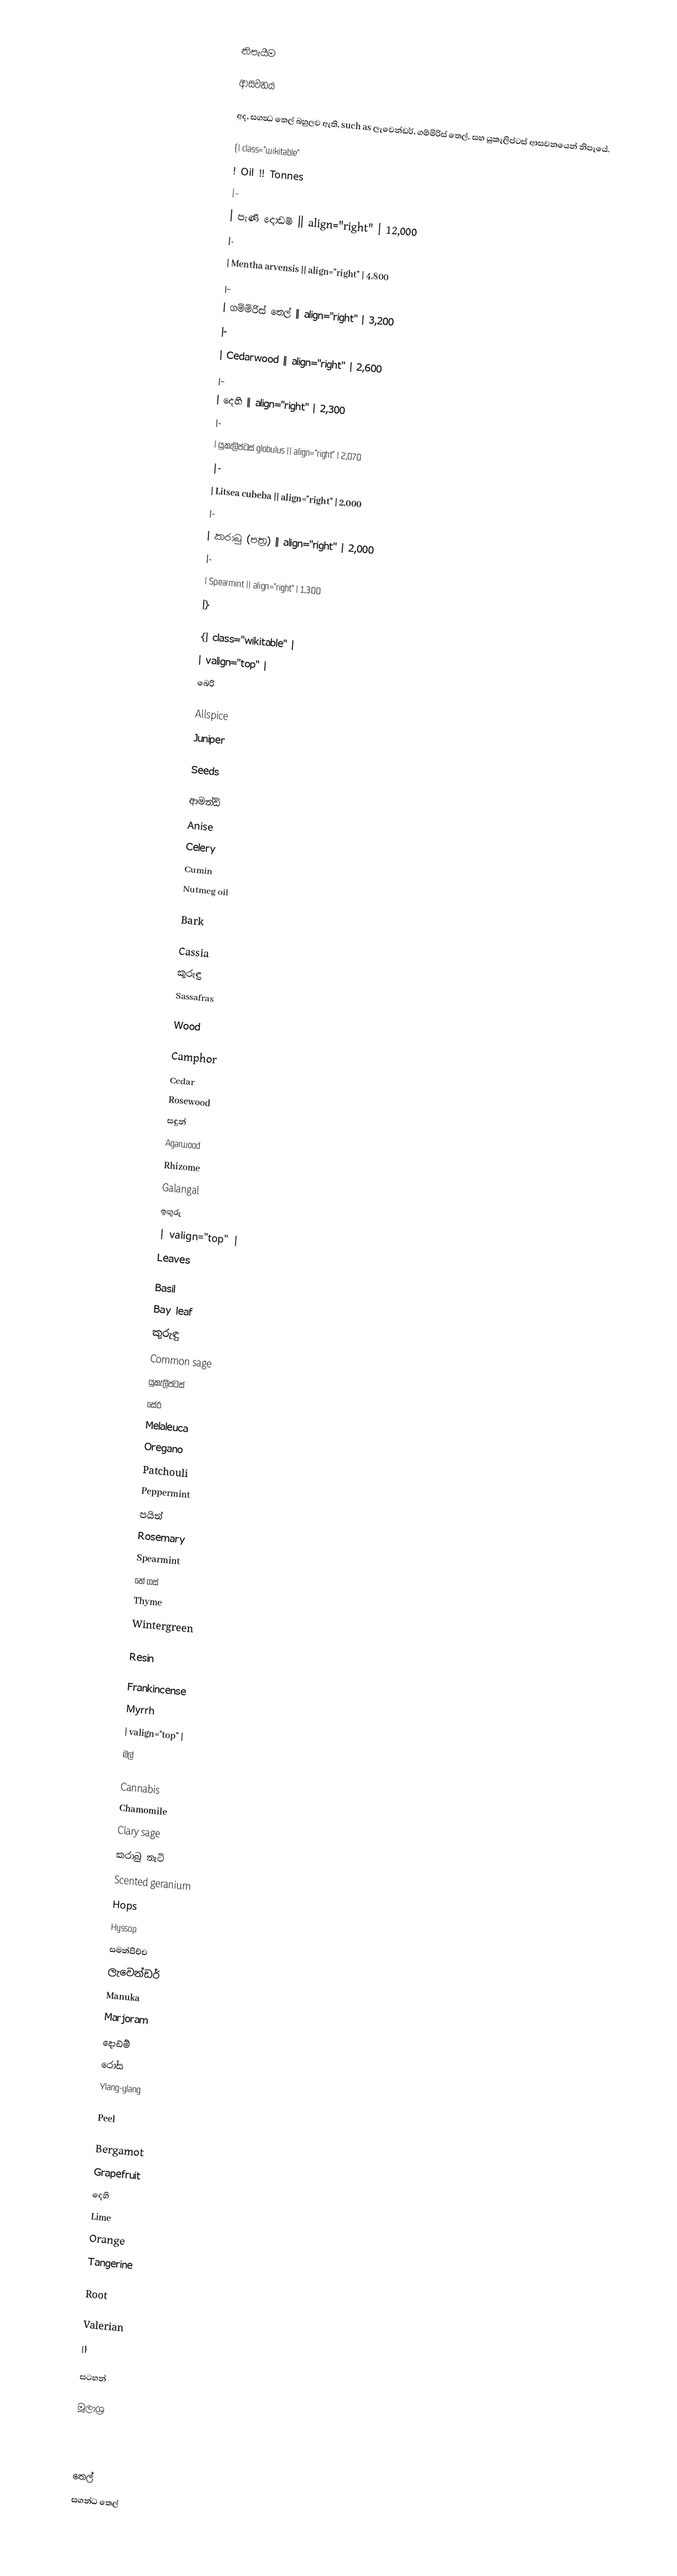

නිපැයීම

ආසවනය

අද, සගන්‍ධ තෙල් බහුලව ඇති, such as ලැවෙන්ඩර්, ගම්මිරිස් තෙල්, සහ යුකැලිප්ටස් ආසවනයෙන් නිපැයේ.

{| class="wikitable"
! Oil !! Tonnes
|-
| පැණි දොඩම් || align="right" | 12,000
|-
| Mentha arvensis || align="right" | 4,800
|-
| ගම්මිරිස් තෙල් || align="right" | 3,200
|-
| Cedarwood || align="right" | 2,600
|-
| දෙහි || align="right" | 2,300
|-
| යුකැලිප්ටස් globulus || align="right" | 2,070
|-
| Litsea cubeba || align="right" | 2,000
|-
| කරාබු (පත්‍ර) || align="right" | 2,000
|-
| Spearmint || align="right" | 1,300
|}

{| class="wikitable" |
| valign="top" |
බෙරි

 Allspice
 Juniper

Seeds

 ආමන්ඩ්
 Anise
 Celery
 Cumin
 Nutmeg oil

Bark

 Cassia
 කුරුඳු
 Sassafras

Wood

 Camphor
 Cedar
 Rosewood
 සඳුන්
 Agarwood
Rhizome
 Galangal
 ඉඟුරු
| valign="top" |
Leaves

 Basil
 Bay leaf
 කුරුඳු
 Common sage
 යුකැලිප්ටස්
 සේර
 Melaleuca
 Oregano
 Patchouli
 Peppermint
 පයින්
 Rosemary
 Spearmint
 තේ ගස්
 Thyme
 Wintergreen

Resin

 Frankincense
 Myrrh
| valign="top" |
මල්

 Cannabis
 Chamomile
 Clary sage
 කරාබු නැටි
 Scented geranium
 Hops
 Hyssop
 සමන්පිච්ච
 ලැවෙන්ඩර්
 Manuka
 Marjoram
 දොඩම්
 රෝස
 Ylang-ylang

Peel

 Bergamot
 Grapefruit
 දෙහි
 Lime
 Orange
 Tangerine

Root

 Valerian
|}

සටහන්

මූලාශ්‍ර

තෙල්
සගන්ධ තෙල්